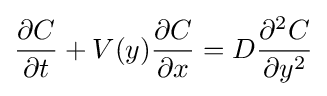
{\partial C \over \partial t}+V(y){\partial C \over \partial x}=D{\partial ^{2}C \over \partial y^{2}}